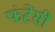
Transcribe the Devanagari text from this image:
फंटेंसी